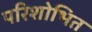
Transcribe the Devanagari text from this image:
परिशोभित